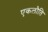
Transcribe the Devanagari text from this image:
एकलौति